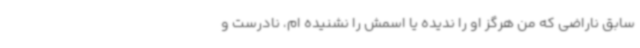
سابق ناراضی که من هرگز او را ندیده یا اسمش را نشنیده ام، نادرست و